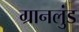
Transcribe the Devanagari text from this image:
ग्रानलुंड